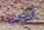
ليس